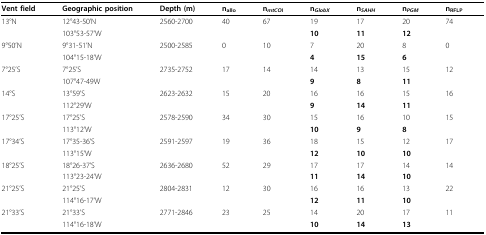
<table><thead><tr><td><b>Vent field</b></td><td><b>Geographic position</b></td><td><b>Depth (m)</b></td><td><b>n<sub>allo</sub></b></td><td><b>n<sub><i>mtCO</i>I</sub></b></td><td><b>n<sub><i>GlobX</i></sub></b></td><td><b>n<sub><i>SAHH</i></sub></b></td><td><b>n<sub><i>PGM</i></sub></b></td><td><b>n<sub>RFLP</sub></b></td></tr></thead><tbody><tr><td>13°N</td><td>12°43-50&#x27;N</td><td>2560-2700</td><td>40</td><td>67</td><td>19</td><td>17</td><td>20</td><td>74</td></tr><tr><td></td><td>103°53-57&#x27;W</td><td></td><td></td><td></td><td><b>10</b></td><td><b>11</b></td><td><b>12</b></td><td></td></tr><tr><td>9°50&#x27;N</td><td>9°31-51&#x27;N</td><td>2500-2585</td><td>0</td><td>10</td><td>7</td><td>20</td><td>8</td><td>0</td></tr><tr><td></td><td>104°15-18&#x27;W</td><td></td><td></td><td></td><td><b>4</b></td><td><b>15</b></td><td><b>6</b></td><td></td></tr><tr><td>7°25&#x27;S</td><td>7°25&#x27;S</td><td>2735-2752</td><td>17</td><td>14</td><td>14</td><td>13</td><td>15</td><td>12</td></tr><tr><td></td><td>107°47-49W</td><td></td><td></td><td></td><td><b>9</b></td><td><b>8</b></td><td><b>11</b></td><td></td></tr><tr><td>14°S</td><td>13°59&#x27;S</td><td>2623-2632</td><td>15</td><td>20</td><td>16</td><td>16</td><td>15</td><td>16</td></tr><tr><td></td><td>112°29&#x27;W</td><td></td><td></td><td></td><td><b>9</b></td><td><b>14</b></td><td><b>11</b></td><td></td></tr><tr><td>17°25&#x27;S</td><td>17°25&#x27;S</td><td>2578-2590</td><td>34</td><td>30</td><td>15</td><td>16</td><td>10</td><td>15</td></tr><tr><td></td><td>113°12&#x27;W</td><td></td><td></td><td></td><td><b>10</b></td><td><b>9</b></td><td><b>8</b></td><td></td></tr><tr><td>17°34&#x27;S</td><td>17°35-36&#x27;S</td><td>2591-2597</td><td>19</td><td>36</td><td>18</td><td>15</td><td>12</td><td>17</td></tr><tr><td></td><td>113°15&#x27;W</td><td></td><td></td><td></td><td><b>12</b></td><td><b>10</b></td><td><b>10</b></td><td></td></tr><tr><td>18°25&#x27;S</td><td>18°26-37&#x27;S</td><td>2636-2680</td><td>52</td><td>29</td><td>17</td><td>17</td><td>14</td><td>14</td></tr><tr><td></td><td>113°23-24&#x27;W</td><td></td><td></td><td></td><td><b>11</b></td><td><b>14</b></td><td><b>10</b></td><td></td></tr><tr><td>21°25&#x27;S</td><td>21°25&#x27;S</td><td>2804-2831</td><td>12</td><td>30</td><td>16</td><td>16</td><td>13</td><td>22</td></tr><tr><td></td><td>114°16-17&#x27;W</td><td></td><td></td><td></td><td><b>12</b></td><td><b>11</b></td><td><b>10</b></td><td></td></tr><tr><td>21°33&#x27;S</td><td>21°33&#x27;S</td><td>2771-2846</td><td>23</td><td>25</td><td>14</td><td>20</td><td>17</td><td>11</td></tr><tr><td></td><td>114°16-18&#x27;W</td><td></td><td></td><td></td><td><b>10</b></td><td><b>14</b></td><td><b>13</b></td><td></td></tr></tbody></table>